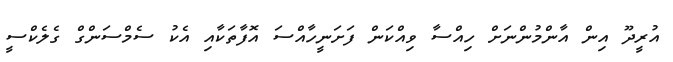
އުރީދޫ އިން އާންމުންނަށް ހިއްސާ ވިއްކަން ފަށަނީހާއްސަ އޮފާތަކާއި އެކު ސެމްސަންގް ގެލެކްސީ